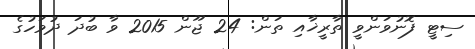
ސިޓީ ފޮނުވަންވީ ތާރީޚާއި ތަން: 24 ޖޫން 2015 ވާ ބުދަ ދުވަހުގެ